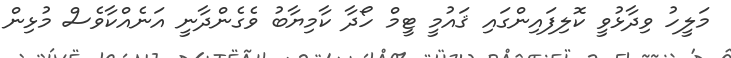
މަލީހު ވިދާޅުވީ ކޮލިފައިންގައި ޤައުމީ ޓީމް ހޯދާ ކާމިޔާބު ވެގެންދާނީ އަނެއްކާވެސް މުޅިން